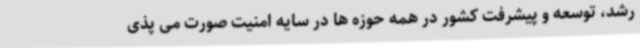
رشد، توسعه و پیشرفت کشور در همه حوزه ها در سایه امنیت صورت می پذی